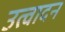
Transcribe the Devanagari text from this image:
उत्वादन